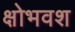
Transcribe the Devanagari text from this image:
क्षोभवश